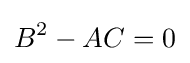
B^{2}-AC=0